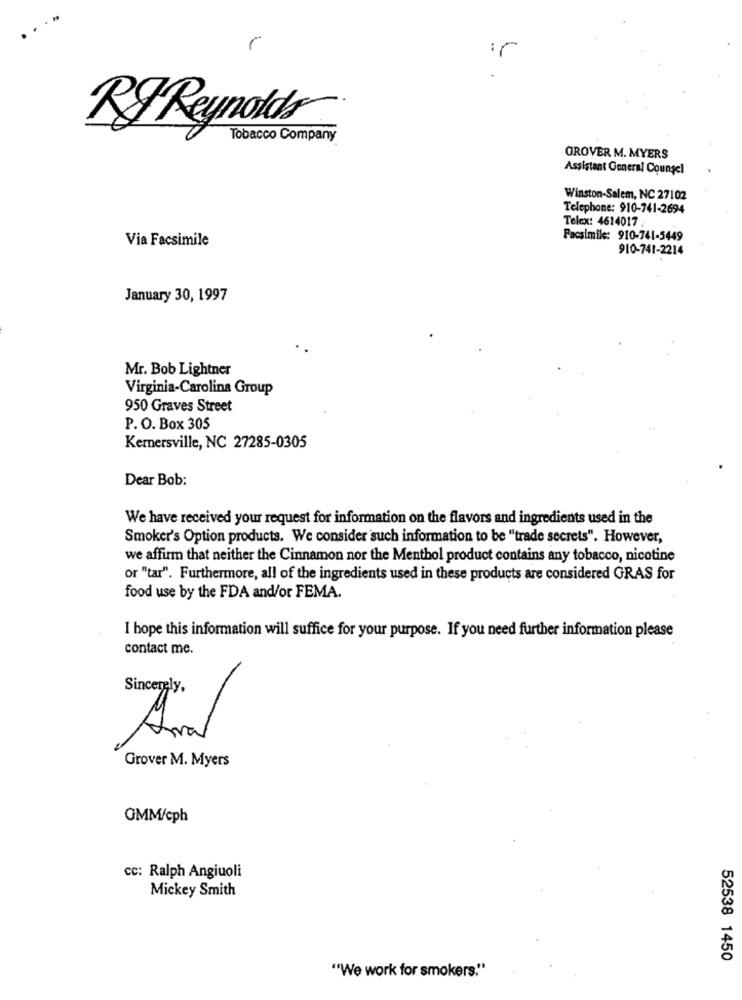
RJ Reynolds
Tobacco Company
GROVER M. MYERS
Assistant General Counsel
Winston-Salem, NC 27102
Telephone: 910-741-2694
Telex: 4614017
Via Facsimile
Facsimile: 910-741-5449
910-741-2214
January 30, 1997
Mr. Bob Lightner
Virginia-Carolina Group
950 Graves Street
P. O. Box 305
Kernersville, NC 27285-0305
Dear Bob:
We have received your request for information on the flavors and ingredients used in the
Smoker's Option products. We consider such information to be "trade secrets". However,
we affirm that neither the Cinnamon nor the Menthol product contains any tobacco, nicotine
or "tar". Furthermore, all of the ingredients used in these products are considered GRAS for
food use by the FDA and/or FEMA.
I hope this information will suffice for your purpose. If you need further information please
contact me.
Sincerely,
Grover M. Myers
OMM/cph
cc: Ralph Angiuoli
Mickey Smith
52538 1450
"We work for smokers."